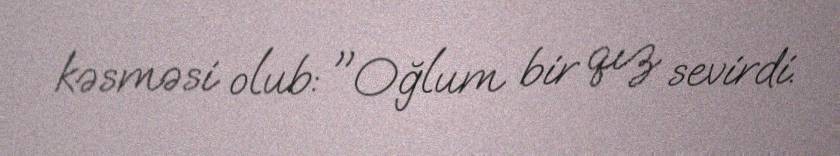
kəsməsi olub: "Oğlum bir qız sevirdi.